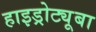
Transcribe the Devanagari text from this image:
हाइड्रोट्यूबा